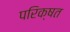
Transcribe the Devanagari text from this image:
परिक्षत